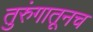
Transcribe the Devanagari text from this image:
तुरुंगातूनच